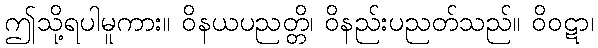
ဤသို့ရပါမူကား။ ဝိနယပညတ္တိ၊ ဝိနည်းပညတ်သည်။ ဝိဝဋာ၊